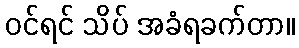
ဝင်ရင် သိပ် အခံရခက်တာ။